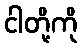
ငါတို့ကို